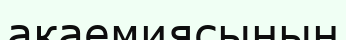
акаемиясының